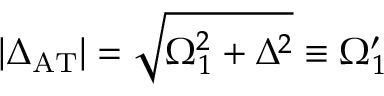
| \Delta _ { \mathrm { A T } } | = \sqrt { \Omega _ { 1 } ^ { 2 } + \Delta ^ { 2 } } \equiv \Omega _ { 1 } ^ { \prime }